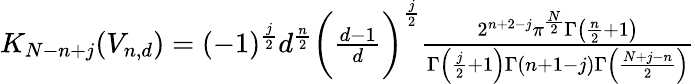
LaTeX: \begin{array}{r}{K_{N-n+j}({V}_{n,d})=(-1)^{\frac{j}{2}}d^{\frac{n}{2}}\biggl(\frac{d-1}{d}\biggr)^{\frac{j}{2}}\frac{2^{n+2-j}\pi^{\frac{N}{2}}\Gamma\left(\frac{n}{2}+1\right)}{\Gamma\left(\frac{j}{2}+1\right)\Gamma(n+1-j)\Gamma\left(\frac{N+j-n}{2}\right)}}\end{array}